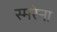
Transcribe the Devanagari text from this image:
स्मरेना